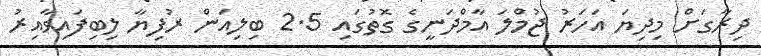
ދިރާގަށް މިދިޔަ އަހަރު ޖުމްލަ އާމްދަނީގެ ގޮތުގައި 2.5 ބިލިއަން ރުފިޔާ ލިބިފައިވާއިރު